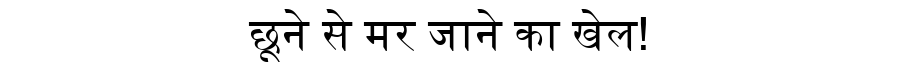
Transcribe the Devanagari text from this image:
छूने से मर जाने का खेल!